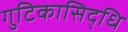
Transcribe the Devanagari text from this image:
गुटिकासिद्धि